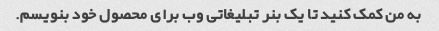
به من کمک کنید تا یک بنر تبلیغاتی وب برای محصول خود بنویسم.